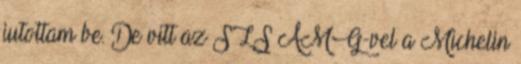
jutottam be. De vitt az SLS AMG-vel a Michelin